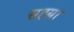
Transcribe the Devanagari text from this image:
सह्य़ा